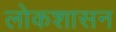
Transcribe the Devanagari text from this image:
लोकशासन